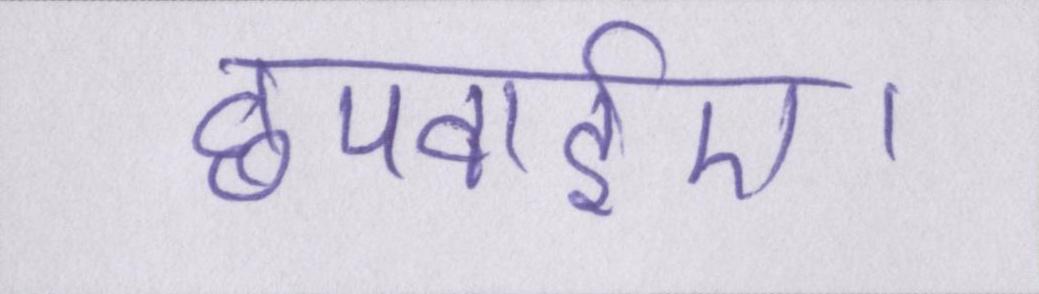
छपवाईए।